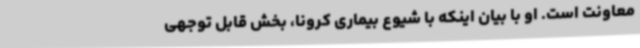
معاونت است. او با بیان اینکه با شیوع بیماری کرونا، بخش قابل توجهی